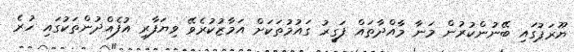
ޔޫރަޕުގައި ބޭނުންކުރުން މަނާ މާއްދާތައް ފަގީރު ގައުމުތަކަށް އަމާޒުކުރެވޭ ވިޔަފާރި އުފެއްދުންތަކުގައި ހުރެ